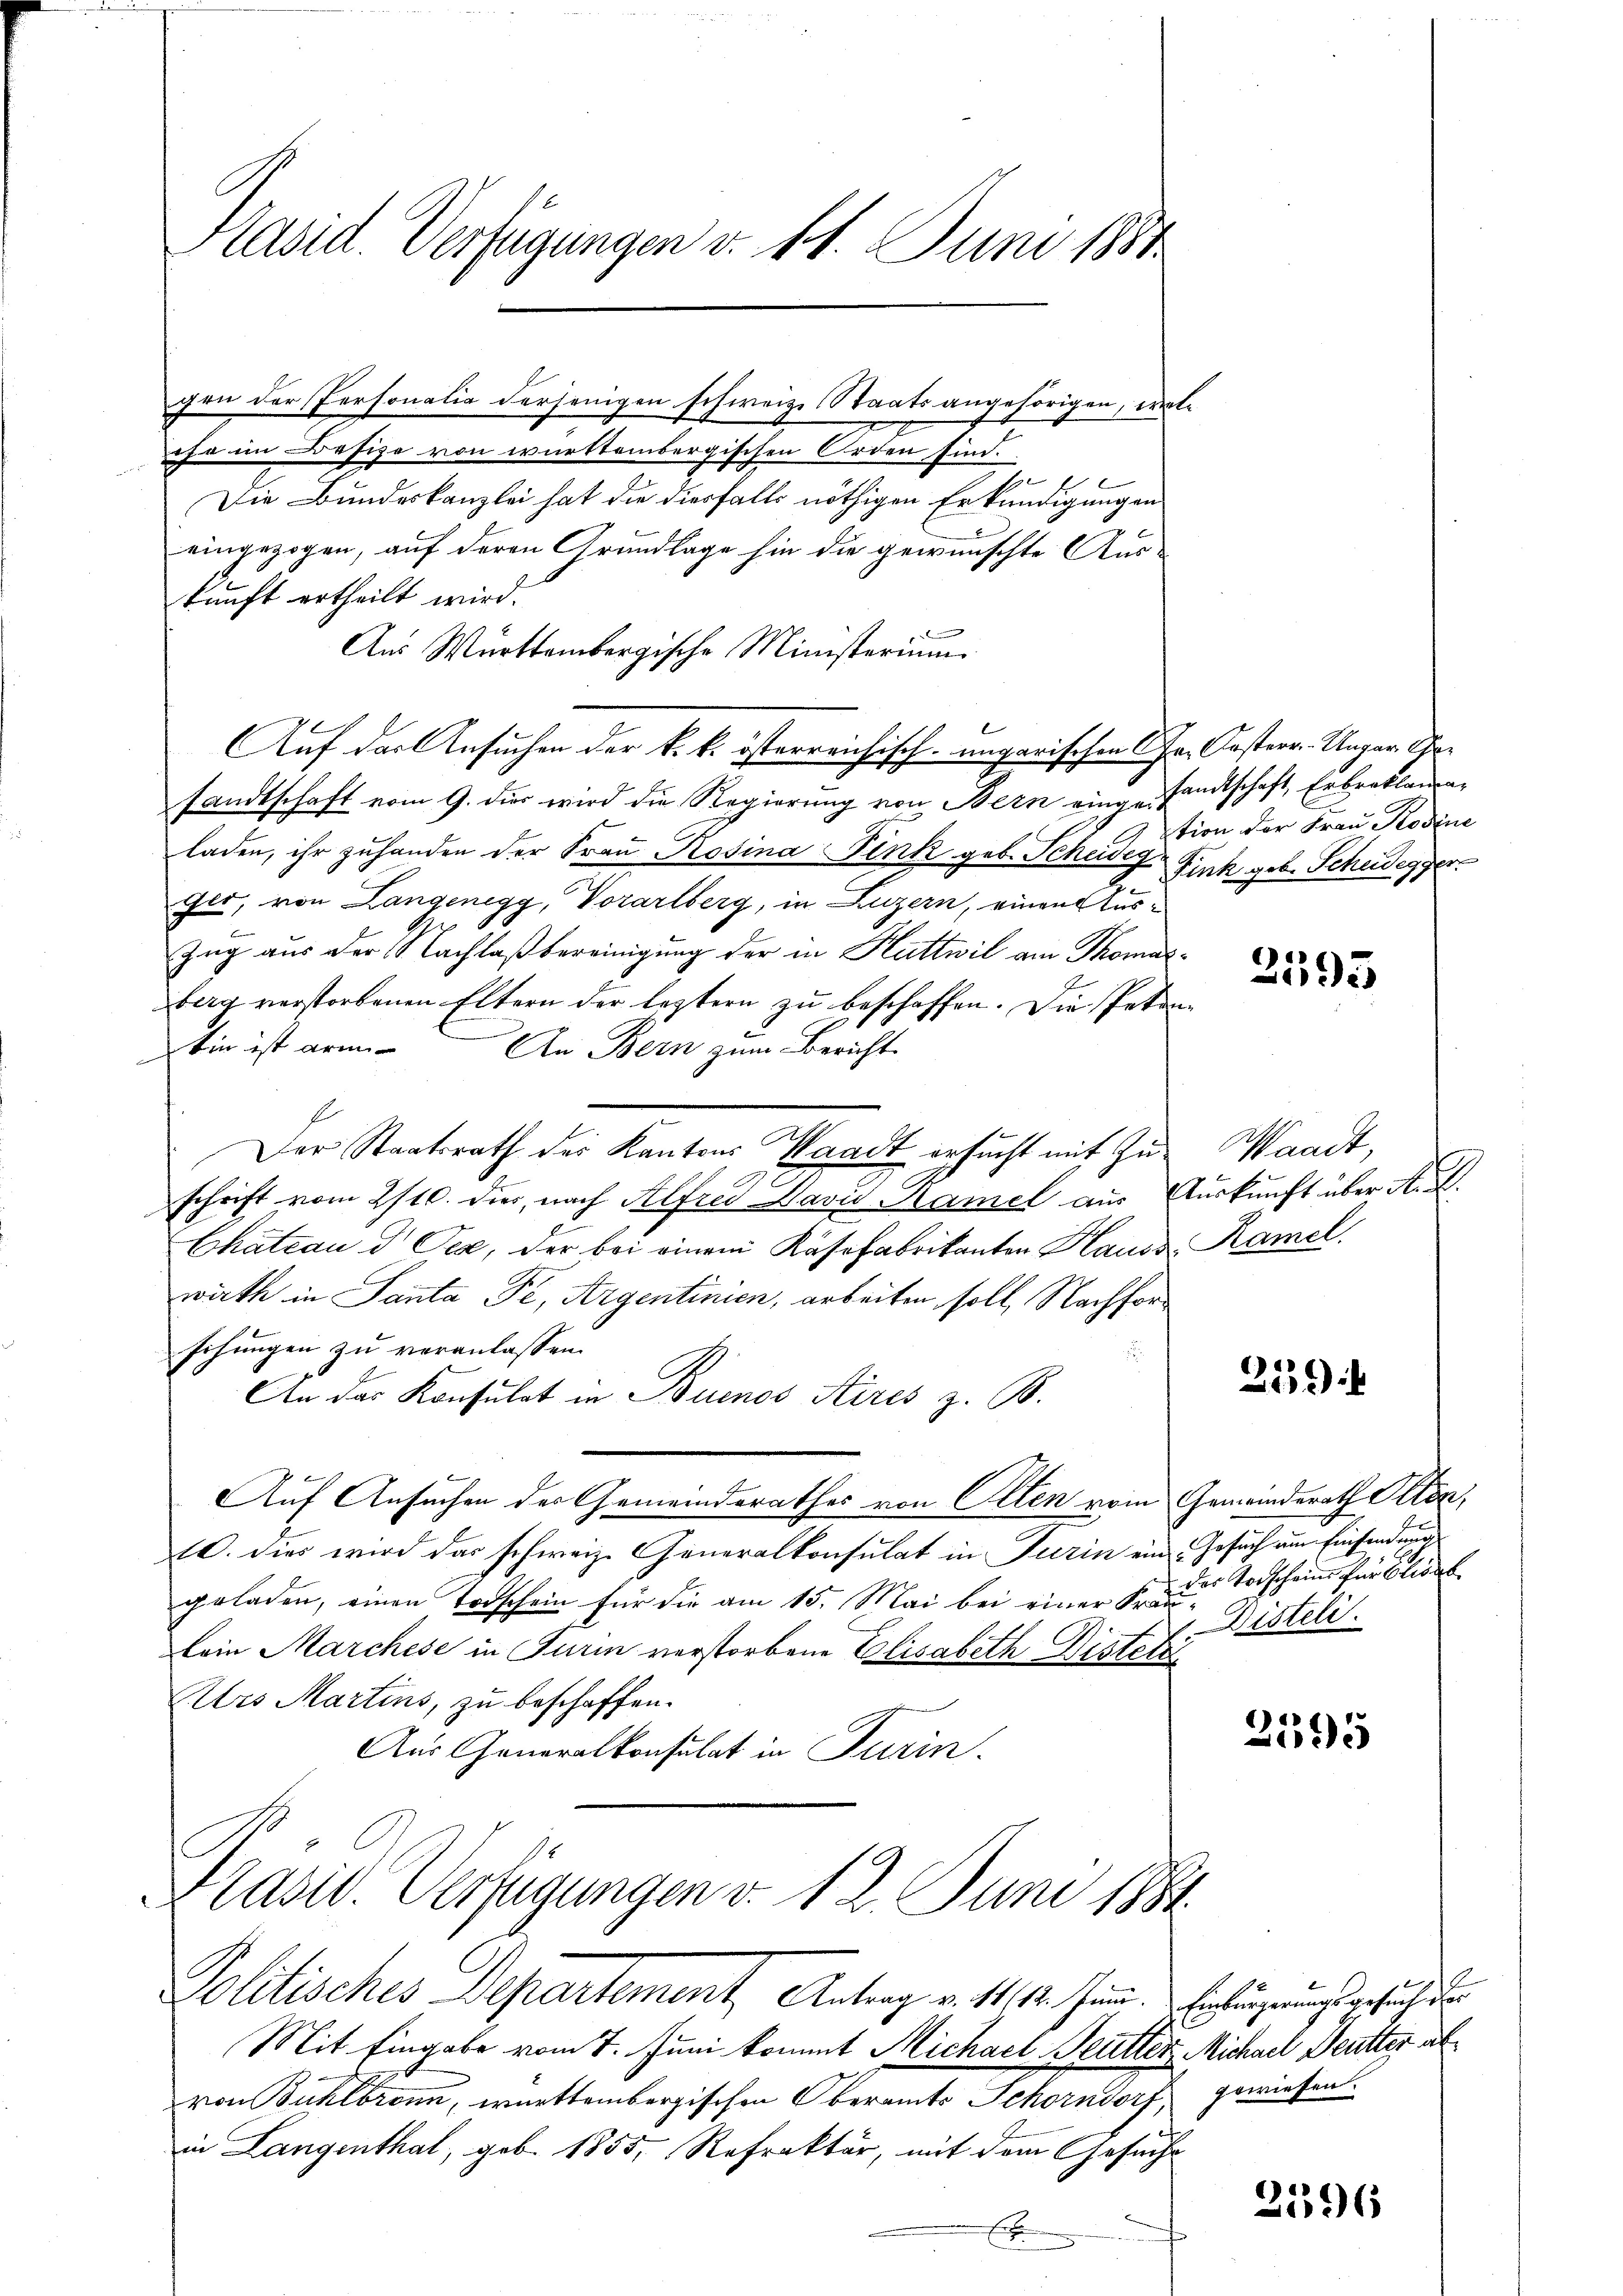
Kasid. Verfügungen d. 11. Juni 1884

gen der Personalia derjenigen schweiz. Staatsangehörigen, welse im Besize von württembergischen Orden sind.
Die Bundeskanzlei hat die diesfalls nöthigen Erkundigungen
eingezogen, auf deren Grundlage hin die gewünschte Aus-
kunft ertheilt wird.
Aus Württembergische Ministerium
Auf der Ansuchen der k. k. österreichisch-ungarischen Chr. Oesterr.-Ungar. Casandtschaft vom 9. dir wird die Regierung von Bern eingesandtschaft, Erbreklamaladen, ihr zuhanden der Frau Rosina Pink geb. Schadeg-Fink geb. Scheidegger
ger, von Langenegg, Vorarlberg, in Luzern, einen Aus¬
Zug aus der Nachlaß bereinigung der in Huttwil am Thomasberg verstorbenen Eltern der leztern zu beschaffen. Die Petenbin ist arm. An Bern zum Bericht
E
Der Staatsrath des Kantons Waadt ersucht mit Zuschrift vom 2/10. dies, nach Alfred David Kamel aus Auskunft über A. R.
Chateau d Pea, der bei einem Käsefabrikanten Haus Kamel
wirth in Santa Pe, Argentinien, arbeiten soll, Nachforschungen zu veranlassen.
An das Konsulat in Buenos Aires z. B.
Auf Ansuchen des Gemeindsrathes von Olten vom Gemeinderath Peten,
10. dies wird das schweiz. Generalkonsulat in Turin ein Gesuch am Einsendung
geladen, einen Todschein für die am 15. Mai bei einer Kranbein Marchese in Turin verstorbene Elisabeth Distets
Urs Martins, zu beschaffen.
Aus Generalkonsulat in Turin.

.
Lasid. Verfügungen v. 12. Juni 1884
Politisches Departement Antrag v. 11. M. seine Erkungerungsgesuch den

Mit Eingabe vom 7. Juni kommt Michael Beutter Michael Deutter alvon Bühlbronn, württembergischen Oberamts Schorndorf gewiesen.
in Langenthal, geb. 1855, Refraktär, mit dem Gesuche
E

tion der Frau Rosine

2593

Waadt,

219)

2
des Torschein für Elisat
Disteli.

2595

21396